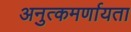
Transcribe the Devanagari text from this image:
अनुत्कमर्णायता